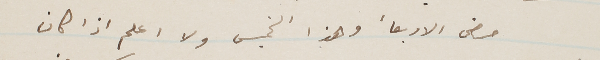
مضى الاربعأ وهذا الخميس ولا اعلم اذا كان